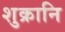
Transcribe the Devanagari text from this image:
शुक्रानि